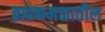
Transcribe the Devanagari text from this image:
ब्रह्मकमळातील